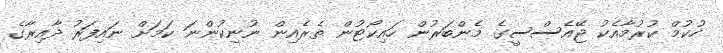
ހުކުމް ކުރުމާއެކު ޖޭއެސްސީގެ މެންބަރުން ހައިކޯޓުން ތެރެއިން ނުނިކުންނަ ކަމަށް ނައިފަރު ދާއިރާގެ